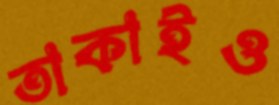
তাকাইও